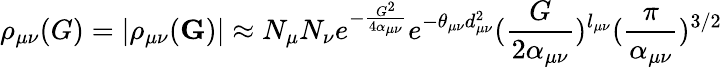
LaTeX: \rho_{\mu\nu}(G)=|\rho_{\mu\nu}(\mathbf{G})|\approx N_{\mu}N_{\nu}e^{-\frac{G^{2}}{4\alpha_{\mu\nu}}}e^{-\theta_{\mu\nu}d_{\mu\nu}^{2}}(\frac{G}{2\alpha_{\mu\nu}})^{l_{\mu\nu}}(\frac{\pi}{\alpha_{\mu\nu}})^{3/2}